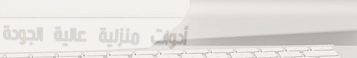
أدوات منزلية عالية الجودة